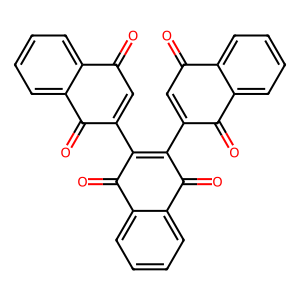
SMILES: O=C1C=C(C2=C(C3=CC(=O)c4ccccc4C3=O)C(=O)c3ccccc3C2=O)C(=O)c2ccccc21
Inhibits HIV replication: No